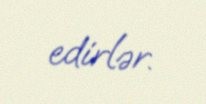
edirlər.